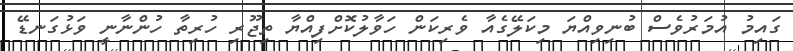
ގައިމު އުމަރުވެސް ބުނިވިއްޔަ މިކަލޭގެއާ ވެރިކަން ހަވާލުކޮށްފިއްޔާ ތިޖޫރި ހުރިތާ ހުންނާނީ ވަޅުގަނޑޭ